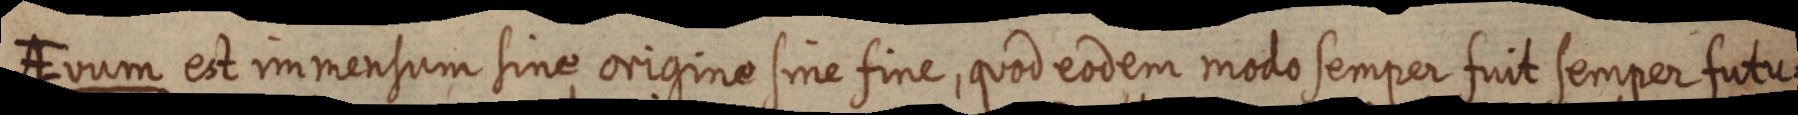
AEvum est immensum sine origine sine fine, quod eodem modo semper fuit semper futu